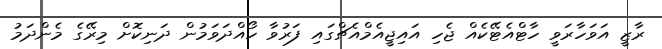
ރާޒީ އަވަހާރަވީ ހާޓްއެޓޭކެއް ޖެހި އައިޖީއެމްއެޗްގައި ފަރުވާ ހޯއްދަވަމުން ދަނިކޮށް މިރޭގެ މެންދަމު